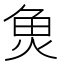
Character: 𮫬